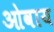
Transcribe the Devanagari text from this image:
ओवाय